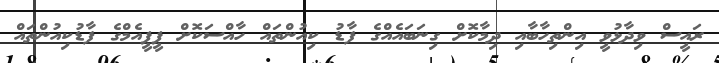
ރައީސް ވިދާޅުވީ އިންތިހާބާއި ދިމާކޮށް ގިނަބައެއްގެ ފާޑު ކިއުންތައް ހާއްސަކޮށް ޕީޕީއެމްގެ ފާޑުކިއުންތައް